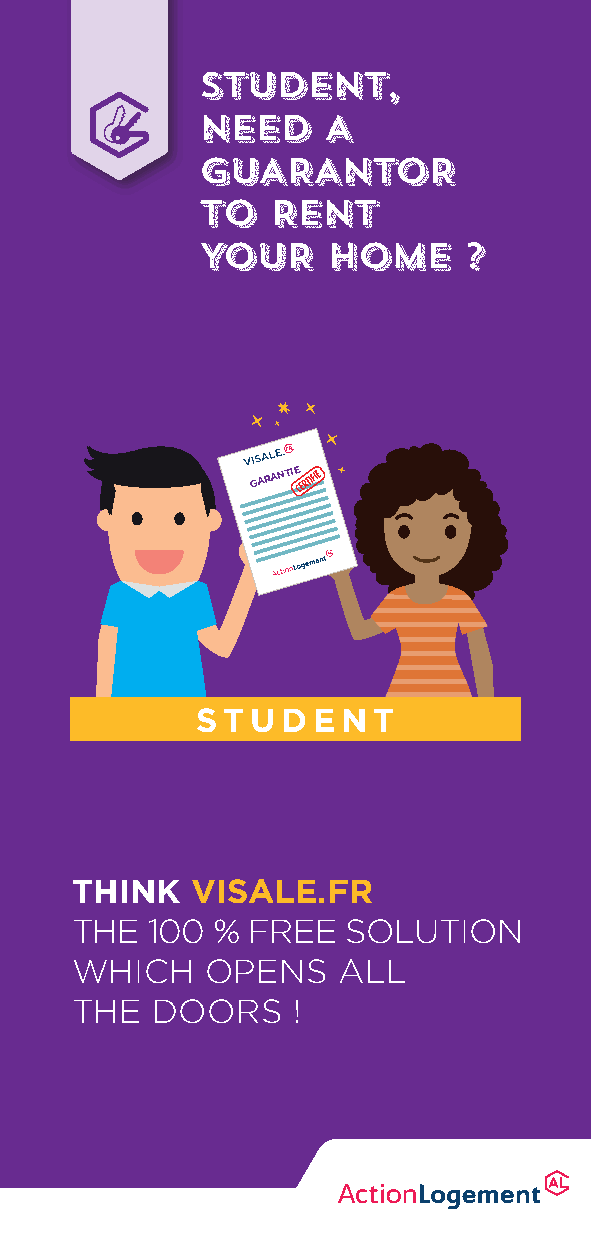
SSTTUUDDEENNTT,,
 NNEEEEDD AA
 GGUUAARRAANNTTOORR
 TTOO RREENNTT
 YYOOUURR HHOOMMEE ??
 GARANTIE
 STUDENT
 THINK   VISALE.FR
 THE  100 % FREE   SOLUTION
 WHICH    OPENS   ALL
 THE  DOORS    !